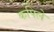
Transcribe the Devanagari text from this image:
कपिले